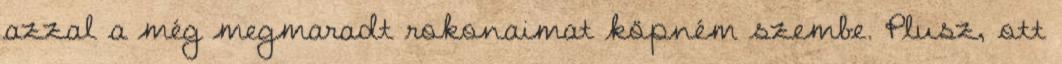
azzal a még megmaradt rokonaimat köpném szembe. Plusz, ott